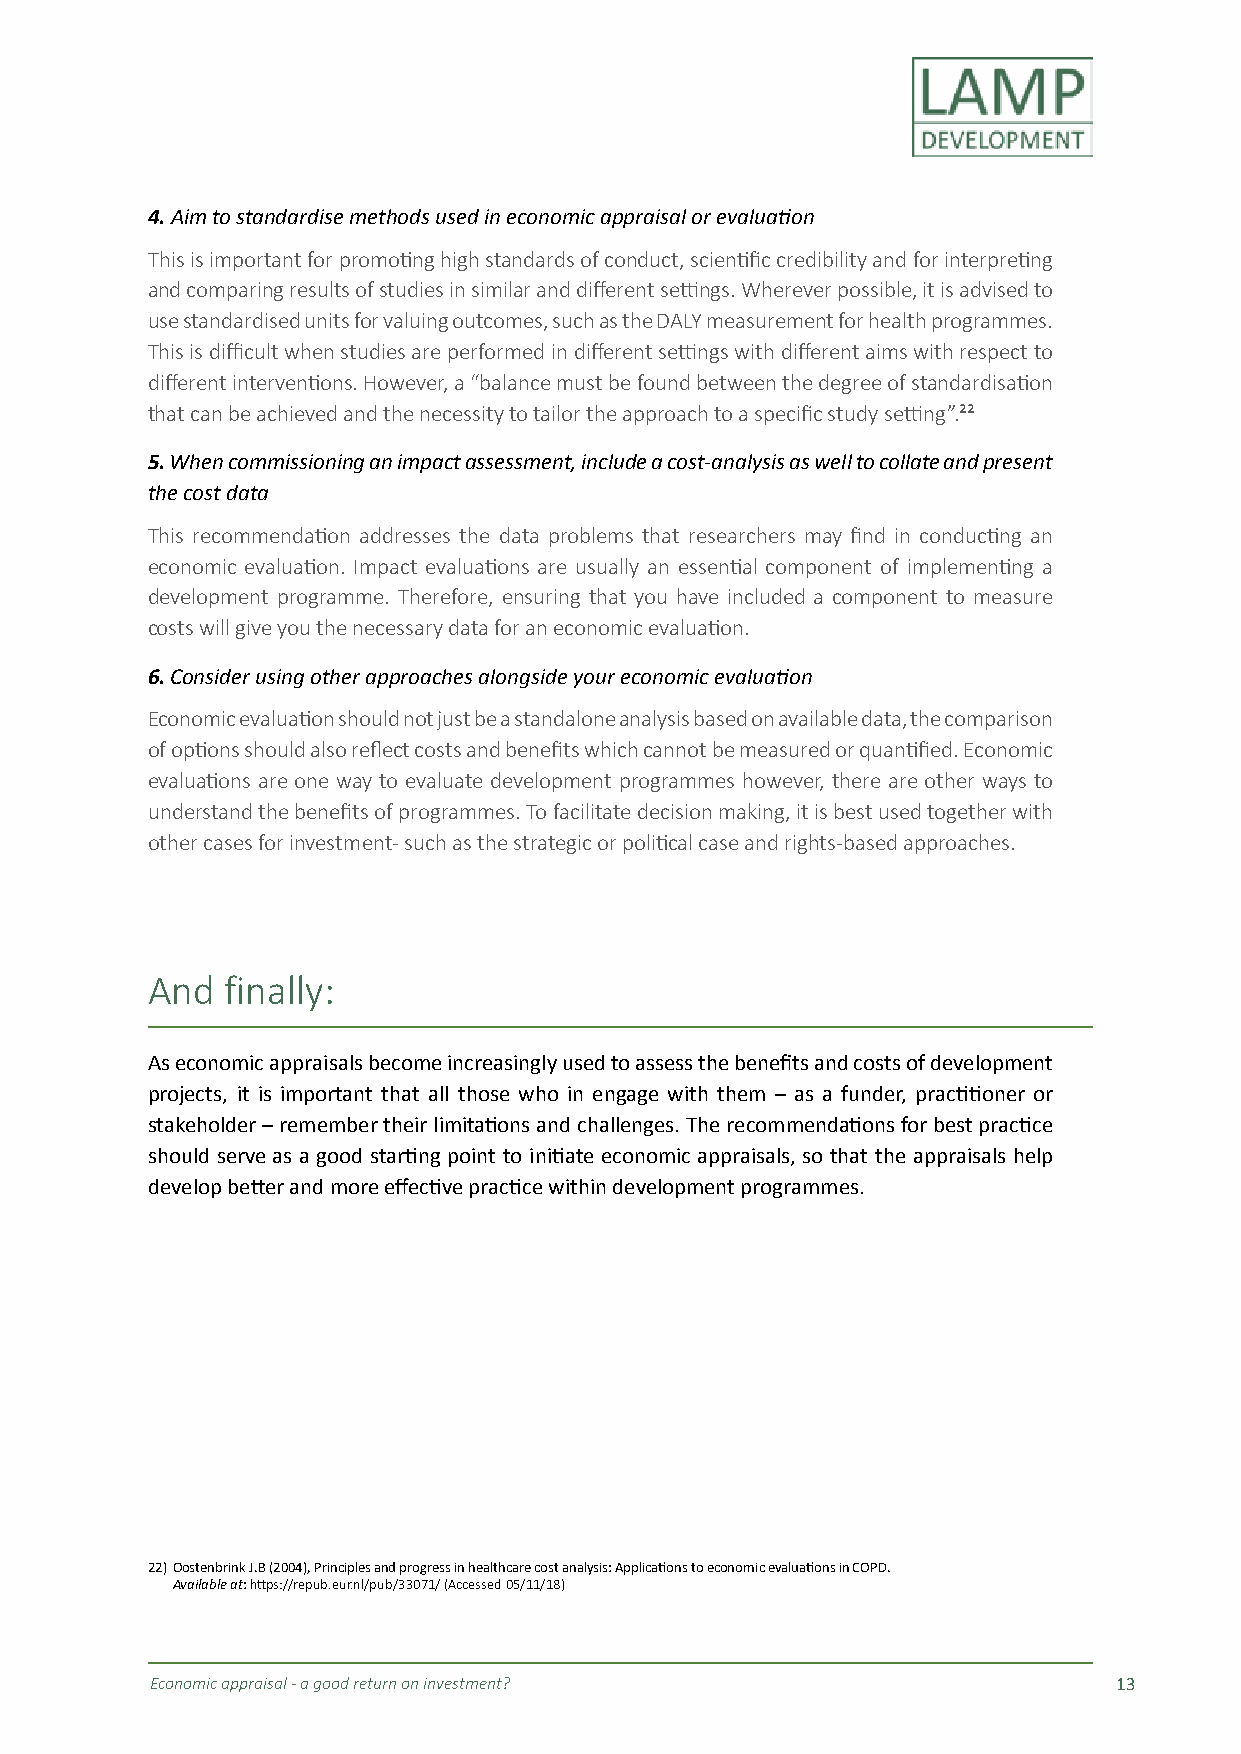
4. Aim to standardise methods used in economic appraisal or evaluation
 This is important for promoting high standards of conduct, scientific credibility and for interpreting
 and comparing results of studies in similar and different settings. Wherever possible, it is advised to
 use standardised units for valuing outcomes, such as the DALY measurement for health programmes.
 This is difficult when studies are performed in different settings with different aims with respect to
 different interventions. However, a “balance must be found between the degree of standardisation
 that can be achieved and the necessity to tailor the approach to a specific study setting”.²²
 5. When commissioning an impact assessment, include a cost-analysis as well to collate and present
 the cost data
 This recommendation addresses the data problems that researchers may find in conducting an
 economic evaluation. Impact evaluations are usually an essential component of implementing a
 development programme. Therefore, ensuring that you have included a component to measure
 costs will give you the necessary data for an economic evaluation.
 6. Consider using other approaches alongside your economic evaluation
 Economic evaluation should not just be a standalone analysis based on available data, the comparison
 of options should also reflect costs and benefits which cannot be measured or quantified. Economic
 evaluations are one way to evaluate development programmes however, there are other ways to
 understand the benefits of programmes. To facilitate decision making, it is best used together with
 other cases for investment - such as the strategic or political case and rights-based approaches.
 And  finally:
 As economic appraisals become increasingly used to assess the benefits and costs of development
 projects, it is important that all those who in engage with them – as a funder, practitioner or
 stakeholder – remember their limitations and challenges. The recommendations for best practice
 should serve as a good starting point to initiate economic appraisals, so that the appraisals help
 develop better and more effective practice within development programmes.
 22) Oostenbrink J.B (2004), Principles and progress in healthcare cost analysis: Applications to economic evaluations in COPD.
 Available at: https://repub.eur.nl/pub/33071/ (Accessed 05/11/18)
 Economic appraisal - a good return on investment?               13